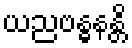
ယညဗန္ဓနန္တိ